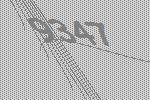
9347